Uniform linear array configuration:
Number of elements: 12
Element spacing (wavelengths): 1
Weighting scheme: hann
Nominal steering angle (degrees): -45
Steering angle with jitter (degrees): -46.396
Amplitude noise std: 0.05
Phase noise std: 0.05

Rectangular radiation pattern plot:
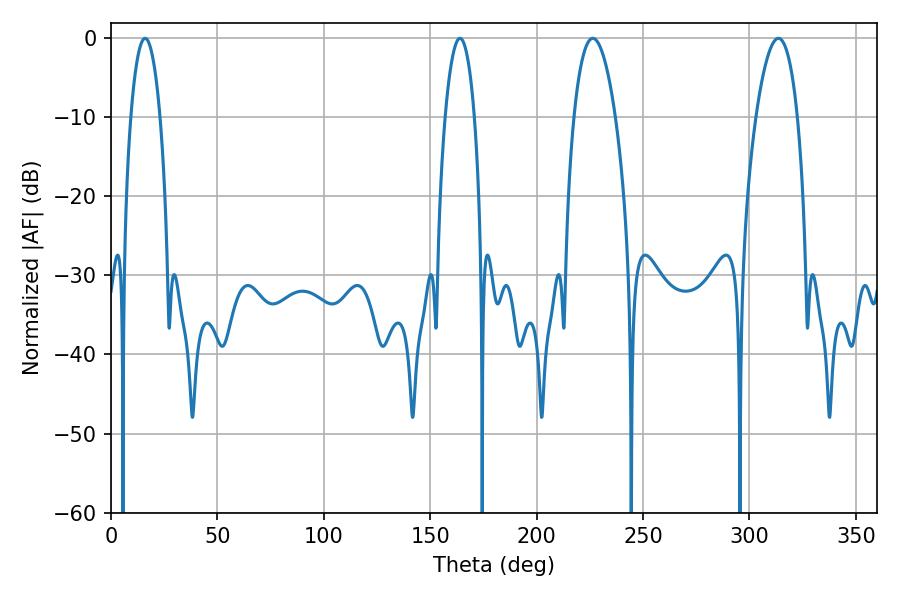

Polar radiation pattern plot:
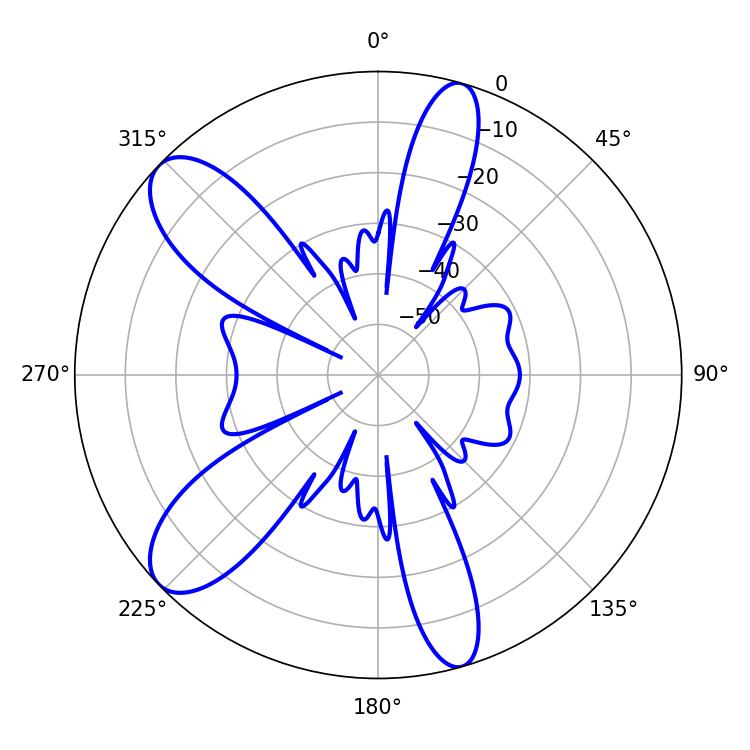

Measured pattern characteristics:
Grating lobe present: TRUE
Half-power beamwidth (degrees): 7.74
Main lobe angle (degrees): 16.02